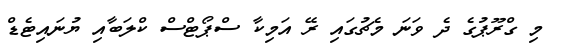
މި ގްރޫޕުގެ ދެ ވަނަ މެޗުގައި ރޭ އަމިކާ ސްޕޯޓްސް ކްލަބާއި ޔުނައިޓެޑް